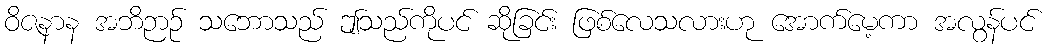
ဝိဇနာန အဘိဉာဉ် သဘောသည် ဤသည်ကိုပင် ဆိုခြင်း ဖြစ်လေသလားဟု အောက်မေ့ကာ အလွန်ပင်